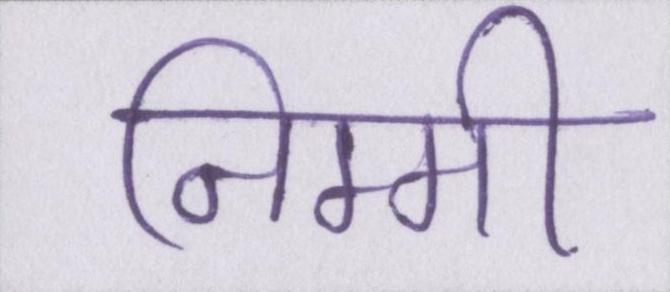
निम्मी